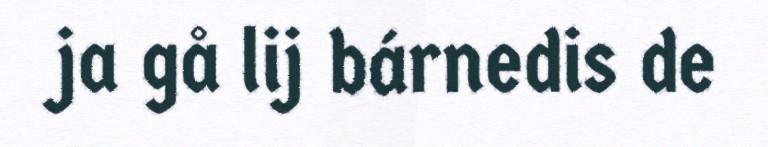
ja gå lij bárnedis de